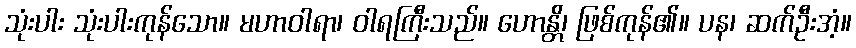
သုံးပါး သုံးပါးကုန်သော။ မဟာဝါရာ၊ ဝါရကြီးသည်။ ဟောန္တိ၊ ဖြစ်ကုန်၏။ ပန၊ ဆက်ဦးအံ့။